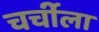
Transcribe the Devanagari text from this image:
चर्चीला